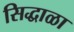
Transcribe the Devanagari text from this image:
सिद्धाळा